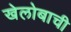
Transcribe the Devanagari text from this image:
खेलोबाची